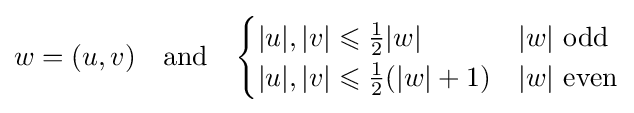
w=(u,v)\quad {\text{and}}\quad {\begin{cases}|u|,|v|\leqslant {\tfrac {1}{2}}|w|&|w|{\text{ odd}}\\|u|,|v|\leqslant {\tfrac {1}{2}}(|w|+1)&|w|{\text{ even}}\end{cases}}